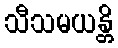
သီသမယန္တိ